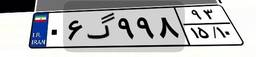
۴۳گ۶۱۳۵۵